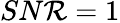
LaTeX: SN\mathcal{R}=1